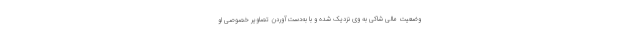
وضعیت مالی شاکی به وی نزدیک شده و با به‌دست‌آوردن تصاویر خصوصی او